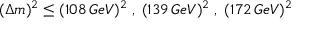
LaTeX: ( \Delta m ) ^ { 2 } \leq ( 1 0 8 \, G e V ) ^ { 2 } \; , \; ( 1 3 9 \, G e V ) ^ { 2 } \; , \; ( 1 7 2 \, G e V ) ^ { 2 }